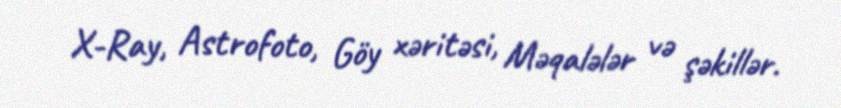
X-Ray, Astrofoto, Göy xəritəsi, Məqalələr və şəkillər.